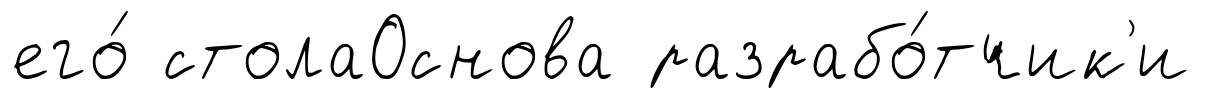
его́ столаОснова разрабо́тчик'и